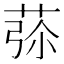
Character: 𦱨